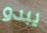
يبدو